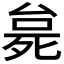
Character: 𬆗